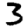
Digit: 3